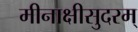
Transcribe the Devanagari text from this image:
मीनाक्षीसुदरम्